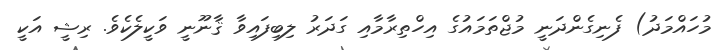
މުހައްމަދު) ފެނިގެންދަނީ މުޖްތަމައުގެ އިހްތިރާމާއި ގަދަރު ލިބިފައިވާ ޤާނޫނީ ވަކީލެކެވެ. ރިޝީ އަކީ